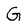
Character: G